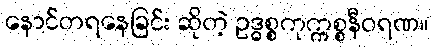
နောင်တရနေခြင်း ဆိုတဲ့ ဥဒ္ဓစ္စကုက္ကစ္စနီဝရဏ။